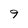
Character: 9